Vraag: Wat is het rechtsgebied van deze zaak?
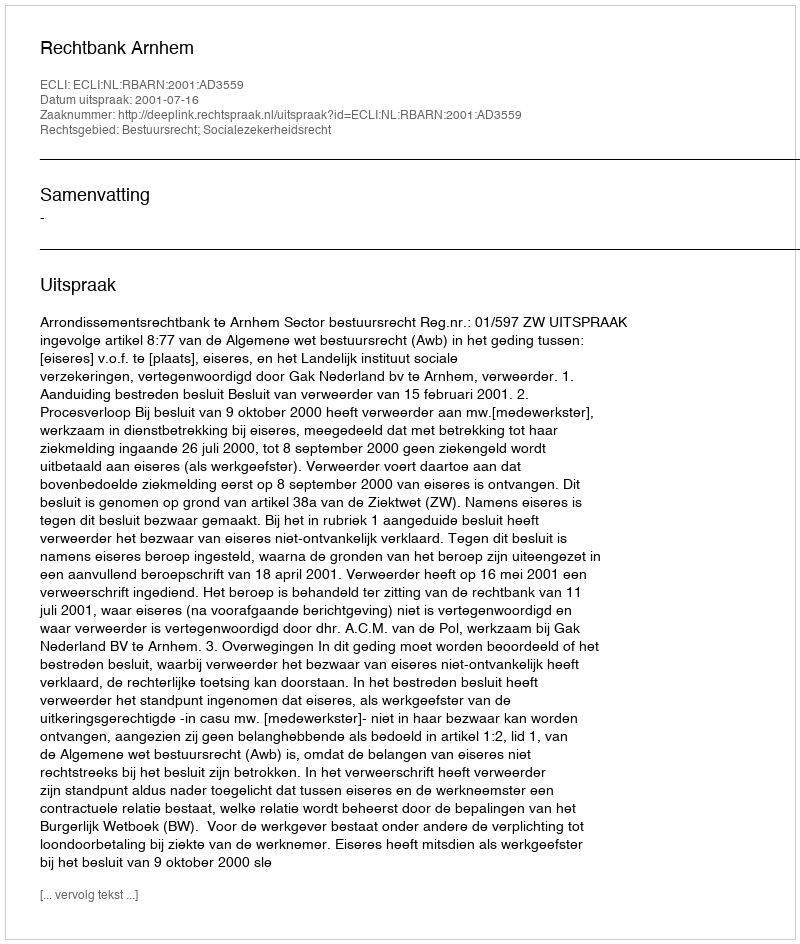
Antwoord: Bestuursrecht; Socialezekerheidsrecht